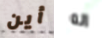
أين انه